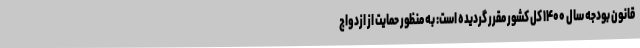
قانون بودجه سال ۱۴۰۰ کل کشور مقرر گردیده است: به منظور حمایت از ازدواج